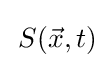
\,S({\vec {x}},t)